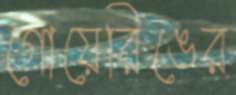
গোয়েরিঙের